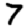
Digit: 7